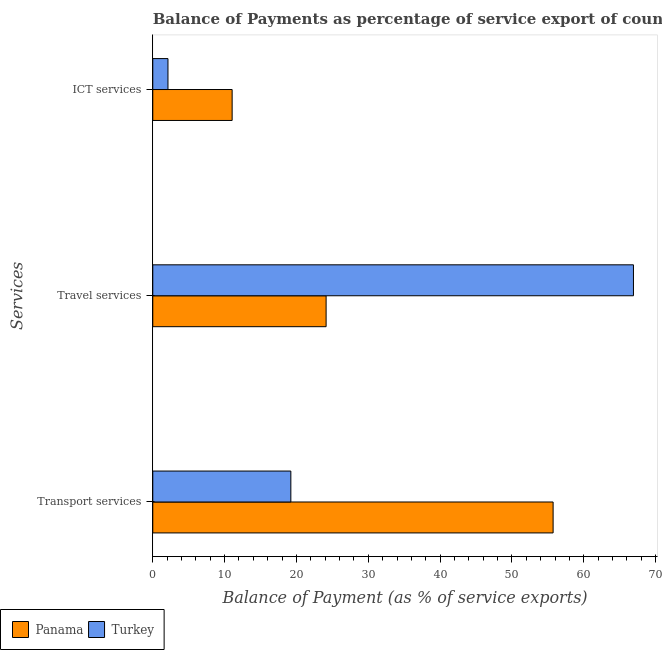
| Services | Panama | Turkey |
 | --- | --- | --- |
 | Transport services | 55.7 | 19.2 |
 | Travel services | 24.1 | 66.9 |
 | ICT services | 11 | 2.12 |